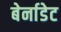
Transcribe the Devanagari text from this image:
बेर्नाडेट